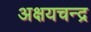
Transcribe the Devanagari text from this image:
अक्षयचन्द्र